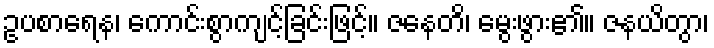
ဥပစာရေန၊ ကောင်းစွာကျင့်ခြင်းဖြင့်။ ဇနေတိ၊ မွေးဖွား၏။ ဇနယိတွာ၊